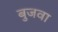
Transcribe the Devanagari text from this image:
बुजवा